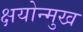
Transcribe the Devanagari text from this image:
क्षयोन्मुख